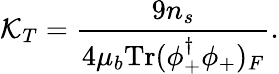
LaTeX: \mathcal{K}_{T}=\frac{{9n_{s}}}{{4\mu_{b}\mathrm{{Tr}}(\phi_{+}^{\dagger}\phi_{+})_{F}}}.